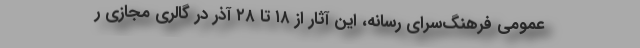
عمومی فرهنگ‌سرای رسانه، این آثار از ۱۸ تا ۲۸ آذر در گالری مجازی ر